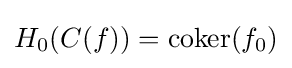
H_{0}(C(f))=\operatorname {coker} (f_{0})